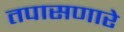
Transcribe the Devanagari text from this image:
तपासणारे